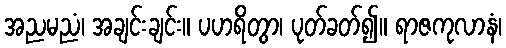
အညမညံ၊ အချင်းချင်း။ ပဟရိတွာ၊ ပုတ်ခတ်၍။ ရာဇကုလာနံ၊